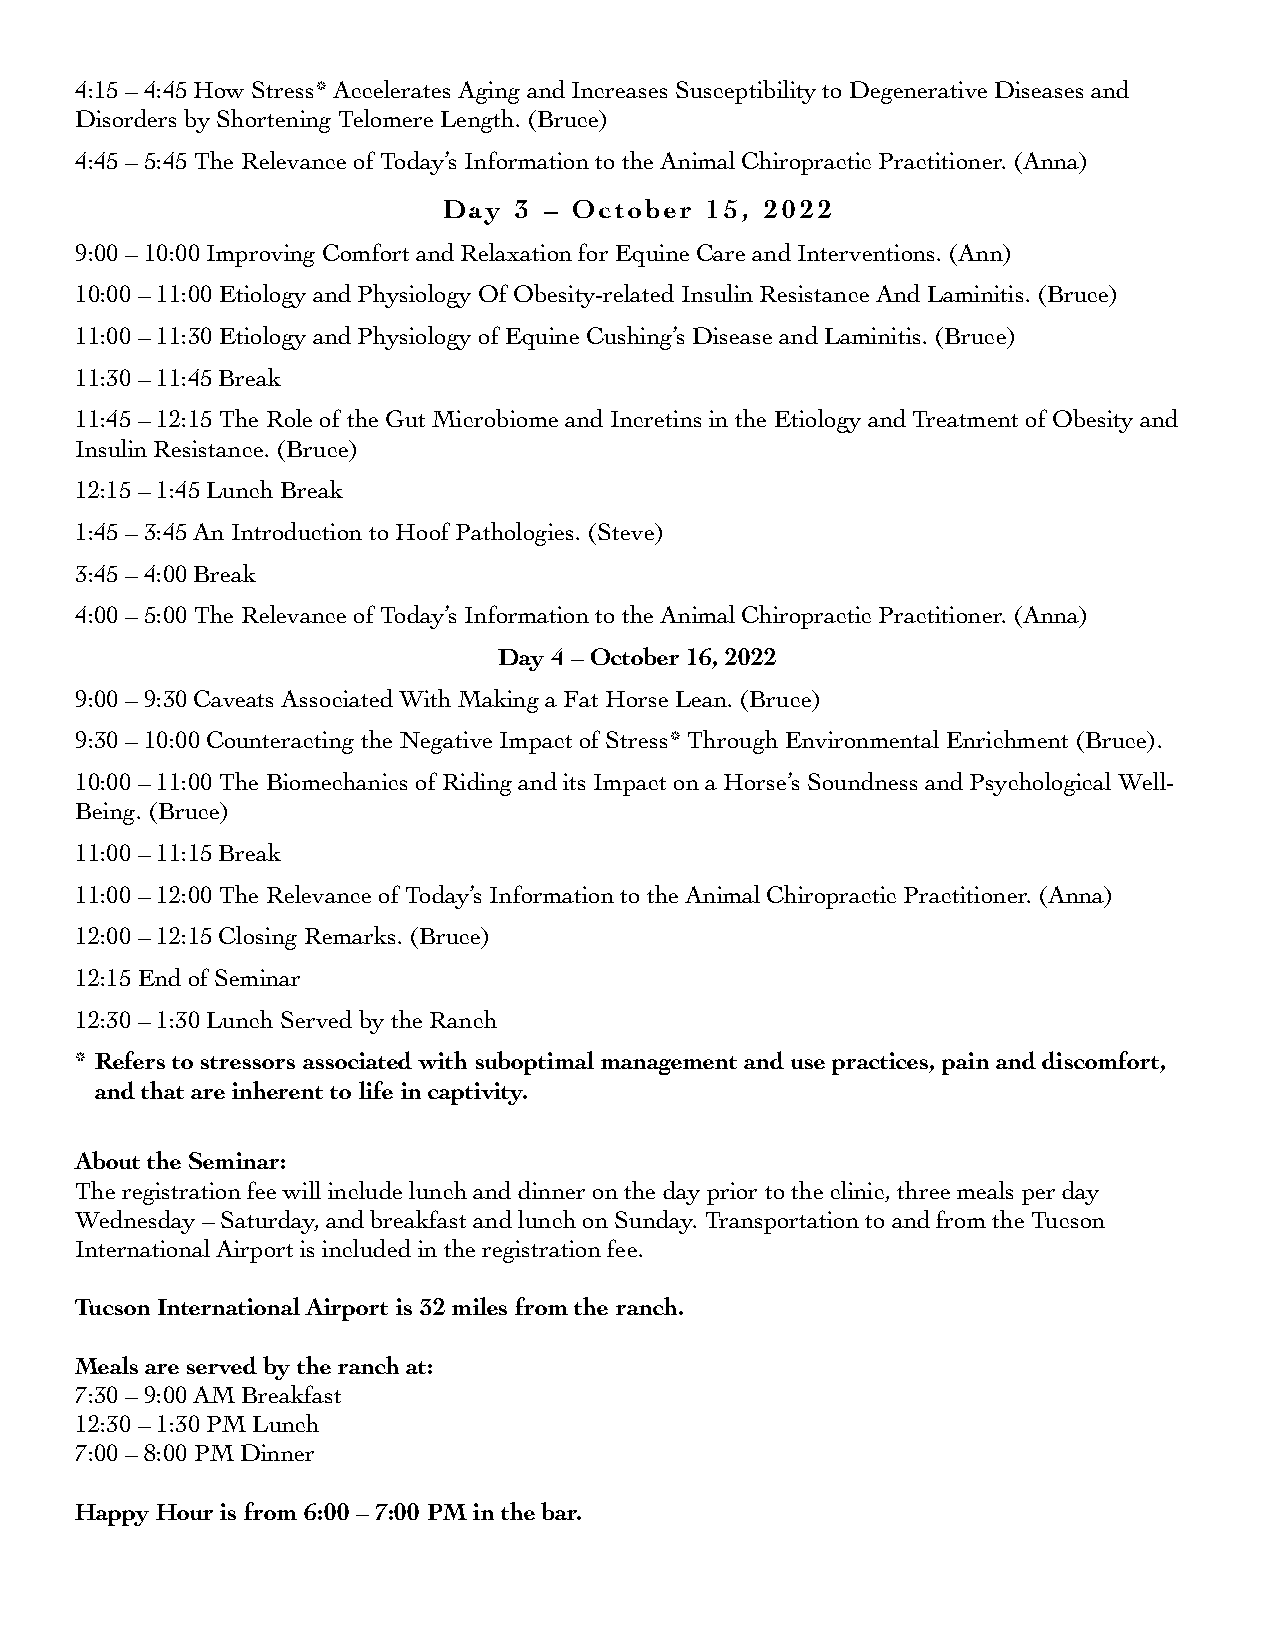
4:15 – 4:45 How Stress* Accelerates Aging and Increases Susceptibility to Degenerative Diseases and
 Disorders by Shortening Telomere Length. (Bruce)
 4:45 – 5:45 The Relevance of Today’s Information to the Animal Chiropractic Practitioner. (Anna)
 Day  3 – October  15, 2022
 9:00 – 10:00 Improving Comfort and Relaxation for Equine Care and Interventions. (Ann)
 10:00 – 11:00 Etiology and Physiology Of Obesity-related Insulin Resistance And Laminitis. (Bruce)
 11:00 – 11:30 Etiology and Physiology of Equine Cushing’s Disease and Laminitis. (Bruce)
 11:30 – 11:45 Break
 11:45 – 12:15 The Role of the Gut Microbiome and Incretins in the Etiology and Treatment of Obesity and
 Insulin Resistance. (Bruce)
 12:15 – 1:45 Lunch Break
 1:45 – 3:45 An Introduction to Hoof Pathologies. (Steve)
 3:45 – 4:00 Break
 4:00 – 5:00 The Relevance of Today’s Information to the Animal Chiropractic Practitioner. (Anna)
 Day 4 – October 16, 2022
 9:00 – 9:30 Caveats Associated With Making a Fat Horse Lean. (Bruce)
 9:30 – 10:00 Counteracting the Negative Impact of Stress* Through Environmental Enrichment (Bruce).
 10:00 – 11:00 The Biomechanics of Riding and its Impact on a Horse’s Soundness and Psychological Well-
 Being. (Bruce)
 11:00 – 11:15 Break
 11:00 – 12:00 The Relevance of Today’s Information to the Animal Chiropractic Practitioner. (Anna)
 12:00 – 12:15 Closing Remarks. (Bruce)
 12:15 End of Seminar
 12:30 – 1:30 Lunch Served by the Ranch
 * Refers to stressors associated with suboptimal management and use practices, pain and discomfort,
 and that are inherent to life in captivity.
 About the Seminar:
 The registration fee will include lunch and dinner on the day prior to the clinic, three meals per day
 Wednesday – Saturday, and breakfast and lunch on Sunday. Transportation to and from the Tucson
 International Airport is included in the registration fee.
 Tucson International Airport is 32 miles from the ranch.
 Meals are served by the ranch at:
 7:30 – 9:00 AM Breakfast
 12:30 – 1:30 PM Lunch
 7:00 – 8:00 PM Dinner
 Happy Hour is from 6:00 – 7:00 PM in the bar.